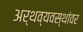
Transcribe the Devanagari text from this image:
अर्थव्यवस्थांवर